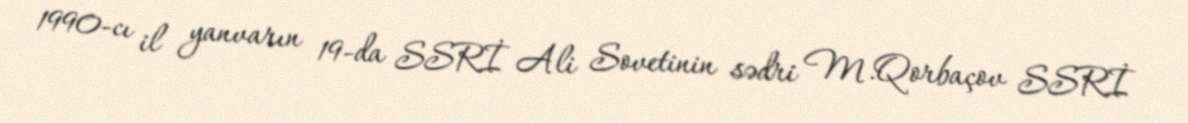
1990-cı il yanvarın 19-da SSRİ Ali Sovetinin sədri M.Qorbaçov SSRİ